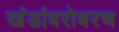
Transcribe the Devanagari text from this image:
खंडांबरोबरच